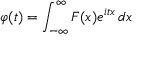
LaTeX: \varphi ( t ) = \int _ { - \infty } ^ { \infty } F ( x ) e ^ { i t x } \, d x